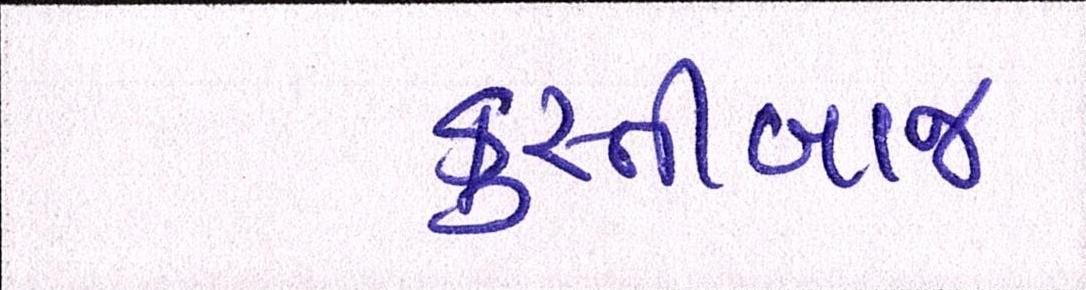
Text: કુસ્તીબાજ